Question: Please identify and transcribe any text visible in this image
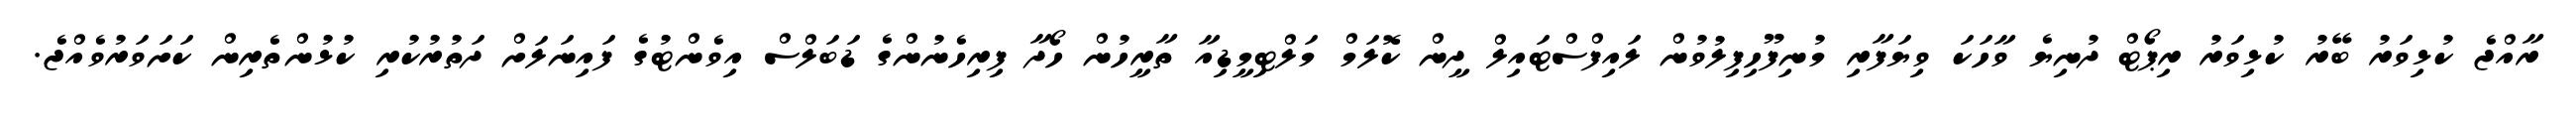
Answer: ރާއްޖެ ކުޅިވަރު ބޭރު ކުޅިވަރު ރިޕޯޓް ދުނިޔެ ވާހަކަ ވިޔަފާރި މުނިފޫހިފިލުވުން ލައިފްސްޓައިލް ދީން ކޮލަމް މަލްޓިމީޑިއާ ތާރީހުން ހޯދާ ފިރިހެނުންގެ ޑަބަލްސް އިވެންޓުގެ ފައިނަލަށް ދަތުރުކުރި ކުޅުންތެރިން ކަށަވަރުވެއްޖެ.